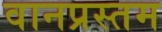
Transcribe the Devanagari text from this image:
वानप्रस्तम